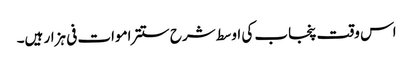
اس وقت پنجاب کی اوسط شرح ستتر اموات فی ہزار ہیں۔